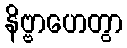
နိဗ္ဗာဟေတွာ